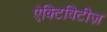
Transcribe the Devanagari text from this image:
ऐक्टिविटीज़